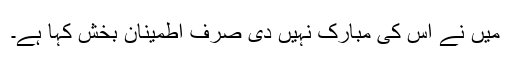
میں نے اس کی مبارک نہیں دی صرف اطمینان بخش کہا ہے۔